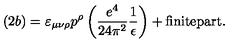
( 2 b ) = \varepsilon _ { \mu \nu \rho } p ^ { \rho } \left( \frac { e ^ { 4 } } { 2 4 \pi ^ { 2 } } \frac { 1 } { \epsilon } \right) + \mathrm { f i n i t e p a r t } .